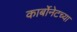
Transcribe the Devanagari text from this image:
कार्बोनेटच्या